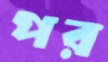
পর